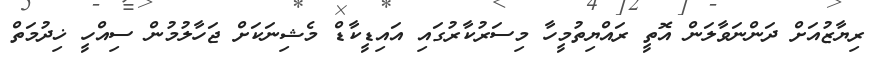
ރިޔާޒުއަށް ދަންނަވާލަން އޮތީ ރައްޔިތުމީހާ މިސަރުކާރުގައި އައިޑީކާޑް މެޝިނަކަށް ޖަހާލުމުން ސިއްހީ ޚިދުމަތް